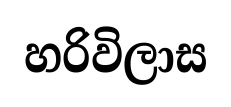
හරිවිලාස